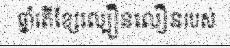
ឆ្នាំតើខ្សែល្បឿនលឿនរបស់